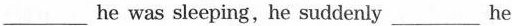
___he was sleeping, he suddenly___he